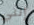
إنني